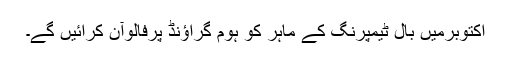
اکتوبرمیں بال ٹیمپرنگ کے ماہر کو ہوم گراؤنڈ پرفالوآن کرائیں گے۔